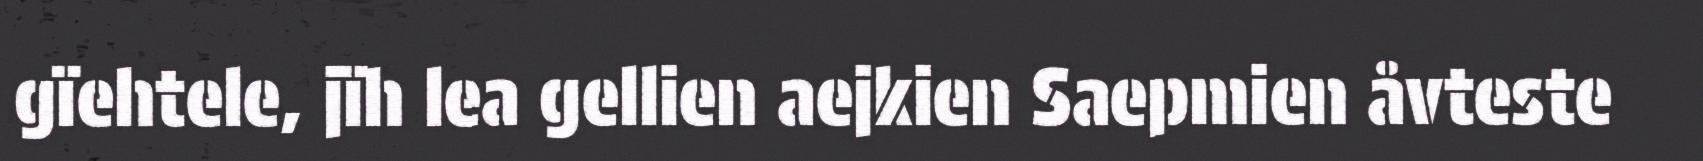
gïehtele, jïh lea gellien aejkien Saepmien åvteste